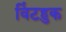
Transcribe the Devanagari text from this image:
विंटहुक